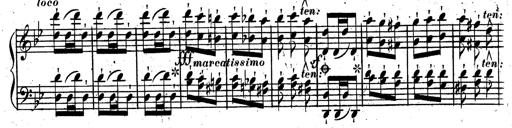
Title: Rondeau fantastique sur un thÃ¨me espagnol
Composer: Franz Liszt